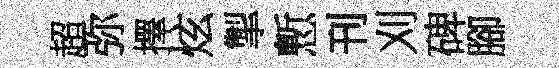
超弥擇炫掣慙刊刈碑腳